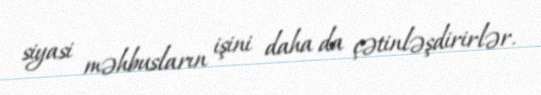
siyasi məhbusların işini daha da çətinləşdirirlər.